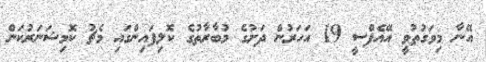
އޭނާ މިވަގުތުވީ އޭއެފްސީ 19 އަހަރުން ދަށުގެ މުބާރާތުގެ ކޮލިފައިންގައި މެޗު ކޮމިޝަނަރުކަން